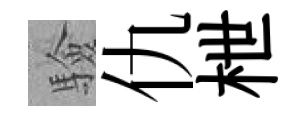
驗仇枻